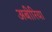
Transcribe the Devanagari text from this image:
अबीरिया